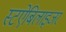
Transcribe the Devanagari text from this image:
स्टऐबिलाइजर